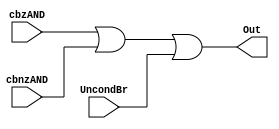
/*
	Unsigned 
*/

//////////////////////////////////
//  Branch OR Gate Structure & Logic Modules
//////////////////////////////////

module branchORGate (cbzAND, cbnzAND, UncondBr, Out);
	input cbzAND;
	input cbnzAND;
	input UncondBr;
	output Out;
	
	wire Out;
	
	assign Out = cbzAND || cbnzAND || UncondBr;
	
endmodule